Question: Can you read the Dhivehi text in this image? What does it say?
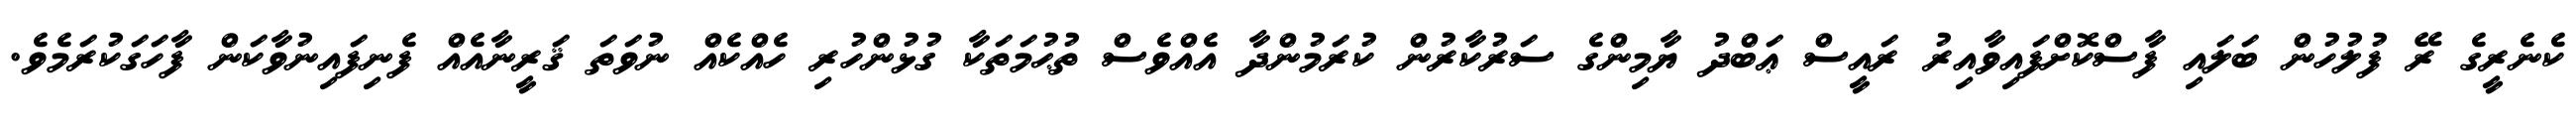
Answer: ކެނެރީގެ ރޭ ފުލުހުން ބަލައި ފާސްކޮށްފައިވާއިރު ރައީސް ޢަބްދު ޔާމިންގެ ސަރުކާރުން ކުރަމުންދާ އެއްވެސް ތުޙުމަތަކާ ގުޅުންހުރި ހެއްކެއް ނުވަތަ ޤަރީނާއެއް ފެނިފައިނުވާކަން ފާހަގަކުރަމެވެ.